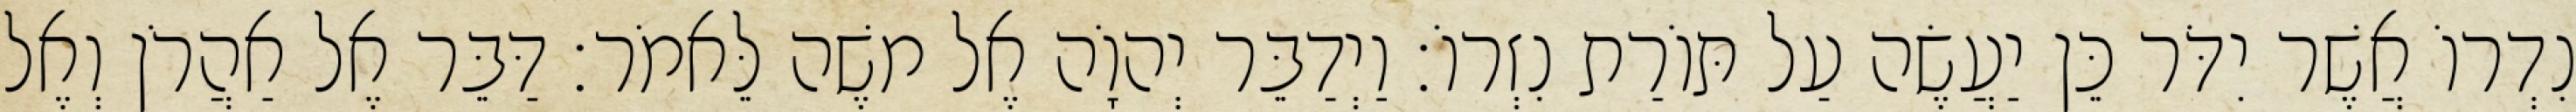
נִדְרוֹ אֲשֶׁר יִדֹּר כֵּן יַעֲשֶׂה עַל תּוֹרַת נִזְרוֹ׃ וַיְדַבֵּר יְהוָֹה אֶל משֶׁה לֵּאמֹר׃ דַּבֵּר אֶל אַהֲרֹן וְאֶל